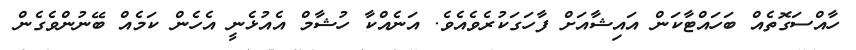
ހާއްސަގޮތެއް ބަހައްޓާކަން އައިޝާއަށް ފާހަގަކުރެވެއެވެ. އަނެއްކާ ހުޝާމް އެއުޅެނީ އެހެން ކަމެއް ބޭނުންވެގެން